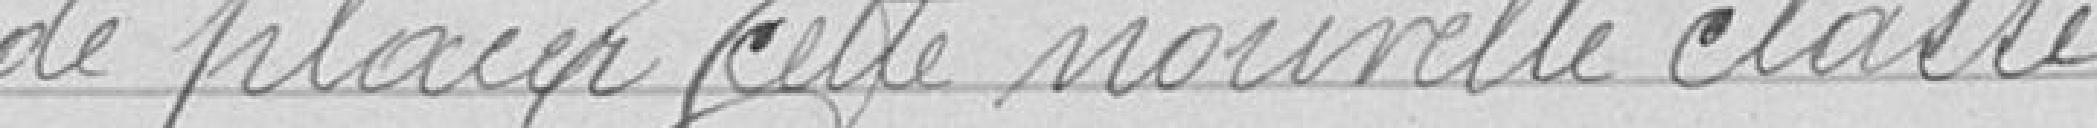
de placer une nouvelle classe.